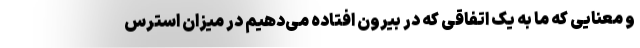
و معنایی که ما به یک اتفاقی که در بیرون افتاده می‌دهیم در میزان استرس